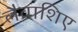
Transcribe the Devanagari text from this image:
लैवाशिए